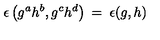
\epsilon \left( g ^ { a } h ^ { b } , g ^ { c } h ^ { d } \right) \: = \: \epsilon ( g , h )